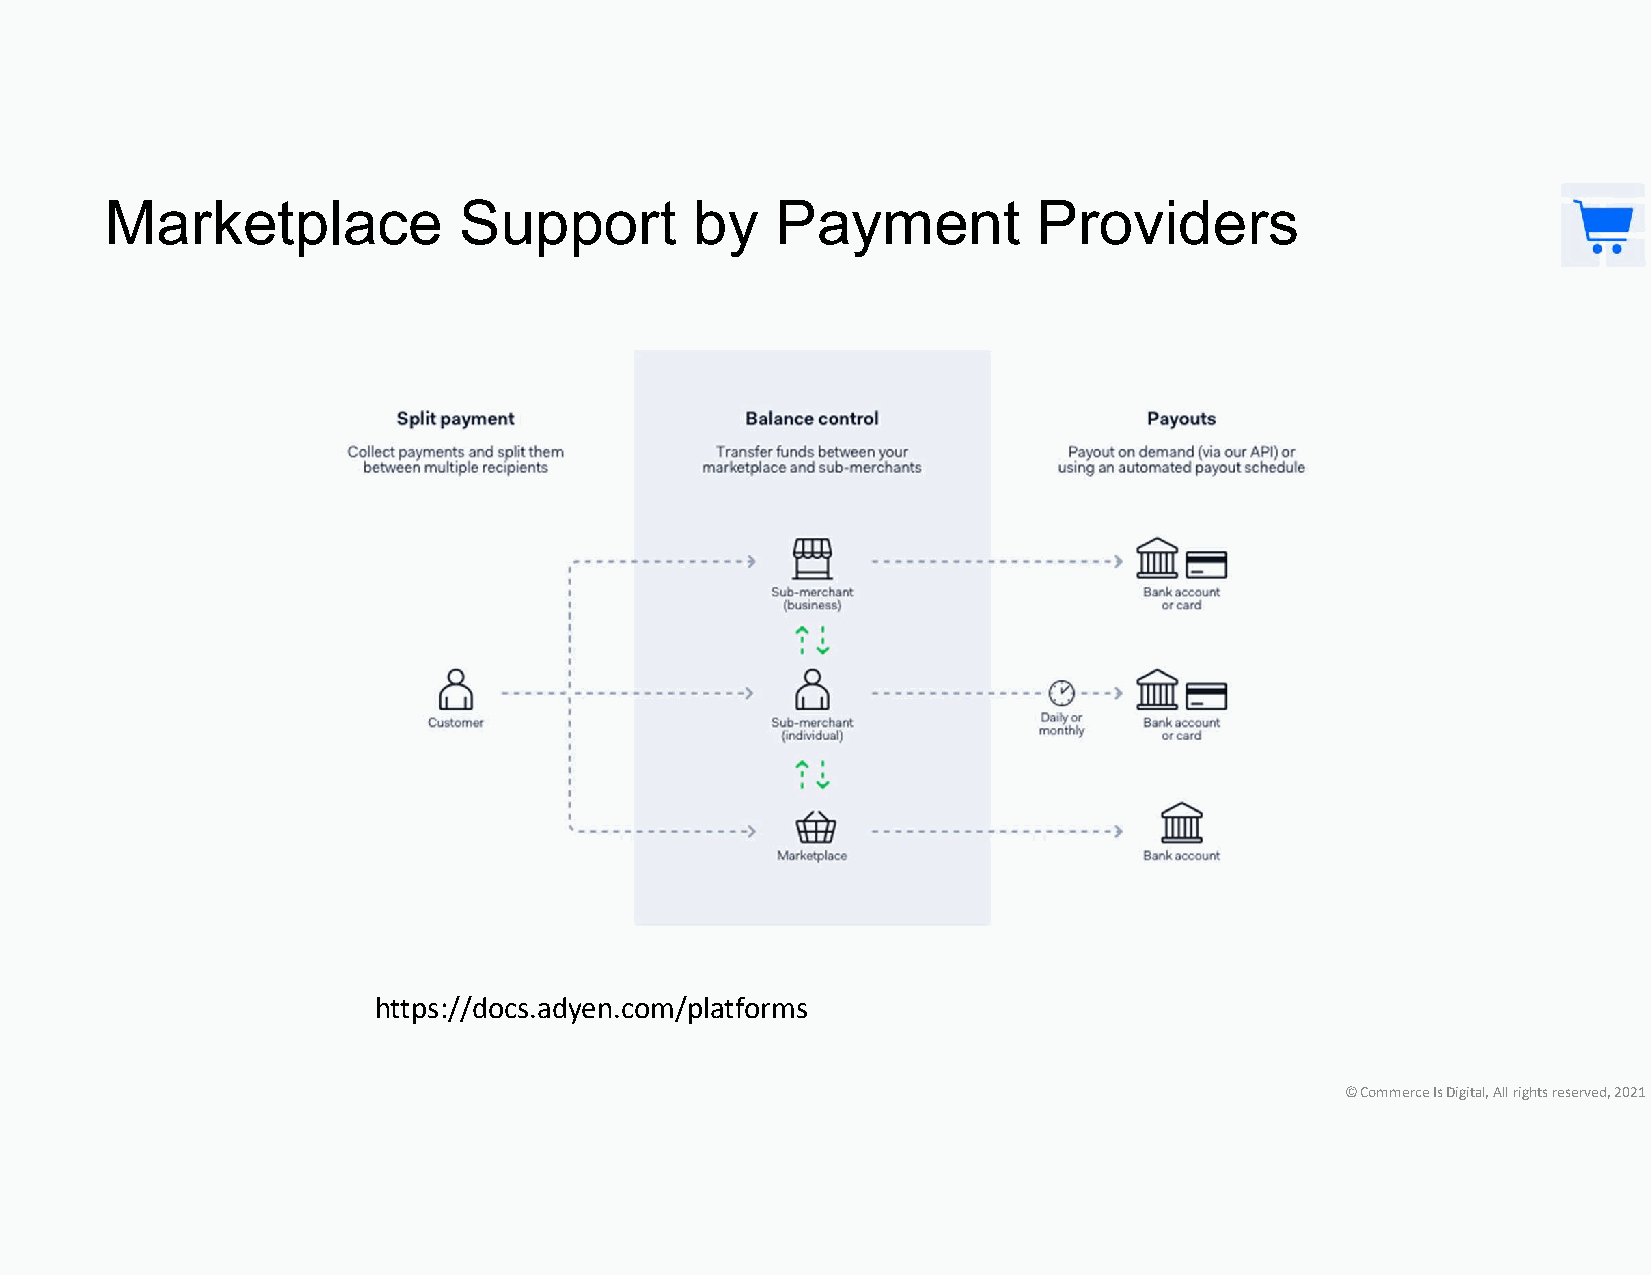
Marketplace            Support         by   Payment           Providers
 https://docs.adyen.com/platforms
 © Commerce Is Digital, All rights reserved, 2021